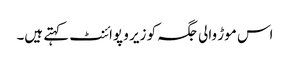
اس موڑ والی جگہ کو زیر و پوائنٹ کہتے ہیں۔